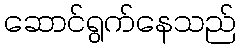
ဆောင်ရွက်နေသည်